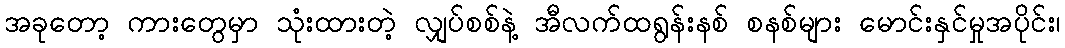
အခုတော့ ကားတွေမှာ သုံးထားတဲ့ လျှပ်စစ်နဲ့ အီလက်ထရွန်းနစ် စနစ်များ မောင်းနှင်မှုအပိုင်း၊